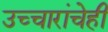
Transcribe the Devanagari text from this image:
उच्चारांचेही